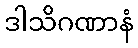
ဒါသိဂဏာနံ